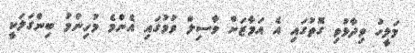
މަލީހު ވިދާޅުވި ގޮތުގައި އެ އަމާޒަށް ވާސިލް ވުމުގައި އެންމެ މުހިންމު ބިންގަލަކީ